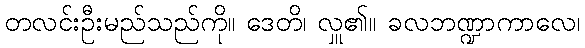
တလင်းဦးမည်သည်ကို။ ဒေတိ၊ လှူ၏။ ခလဘဏ္ဍာကာလေ၊